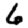
Digit: 6